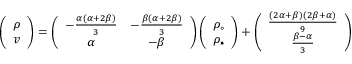
\left( \begin{array} { c } { \rho } \\ { v } \end{array} \right) = \left( \begin{array} { c c } { - \frac { \alpha ( \alpha + 2 \beta ) } { 3 } } & { - \frac { \beta ( \alpha + 2 \beta ) } { 3 } } \\ { \alpha } & { - \beta } \end{array} \right) \left( \begin{array} { c } { \rho _ { \circ } } \\ { \rho _ { \bullet } } \end{array} \right) + \left( \begin{array} { c } { \frac { ( 2 \alpha + \beta ) ( 2 \beta + \alpha ) } { 9 } } \\ { \frac { \beta - \alpha } { 3 } } \end{array} \right)